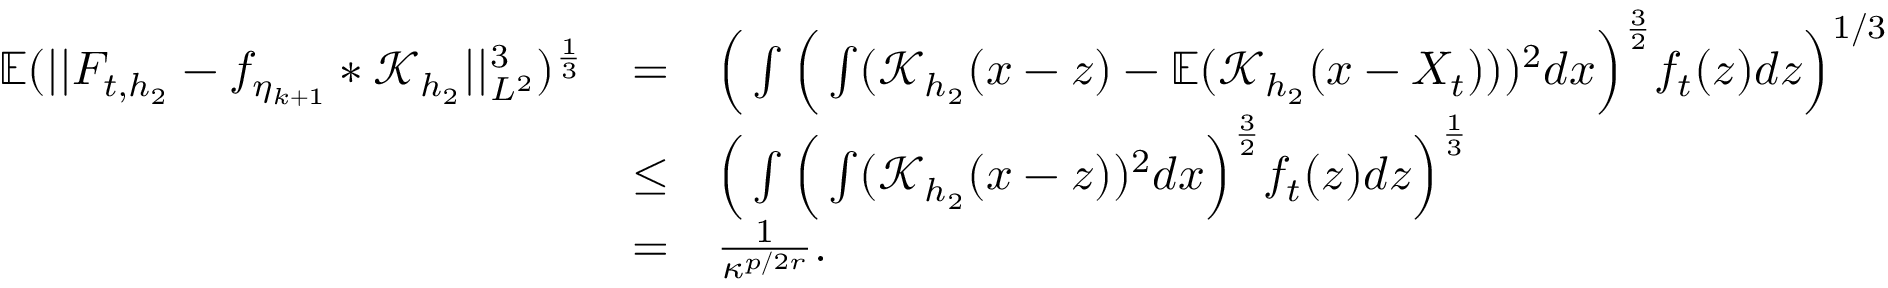
\begin{array} { l l l } { \mathbb { E } ( \vert \vert F _ { t , h _ { 2 } } - f _ { \eta _ { k + 1 } } \ast \mathcal { K } _ { h _ { 2 } } \vert \vert _ { L ^ { 2 } } ^ { 3 } ) ^ { \frac { 1 } { 3 } } } & { = } & { \Big ( \int \Big ( \int ( \mathcal { K } _ { h _ { 2 } } ( x - z ) - \mathbb { E } ( \mathcal { K } _ { h _ { 2 } } ( x - X _ { t } ) ) ) ^ { 2 } d x \Big ) ^ { \frac { 3 } { 2 } } f _ { t } ( z ) d z \Big ) ^ { 1 / 3 } } \\ & { \le } & { \Big ( \int \Big ( \int ( \mathcal { K } _ { h _ { 2 } } ( x - z ) ) ^ { 2 } d x \Big ) ^ { \frac { 3 } { 2 } } f _ { t } ( z ) d z \Big ) ^ { \frac { 1 } { 3 } } } \\ & { = } & { \frac { 1 } { \kappa ^ { p / 2 r } } . } \end{array}